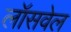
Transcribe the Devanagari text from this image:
लॉसवेल